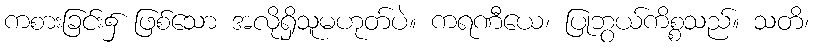
ကစားခြင်း၌ ဖြစ်သော အလိုရှိသူမဟုတ်ပဲ။ ကရဏီယေ၊ ပြုဘွယ်ကိစ္စသည်။ သတိ၊